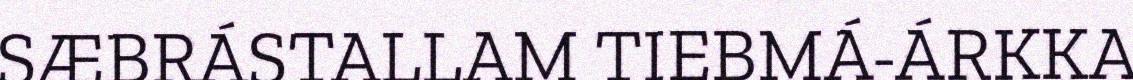
SÆBRÁSTALLAM TIEBMÁ-ÁRKKA